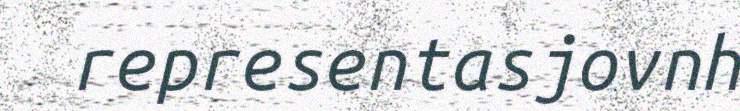
representasjovnh